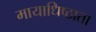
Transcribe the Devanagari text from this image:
मायाधिष्ठाता